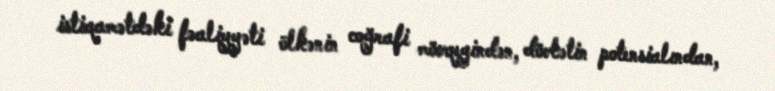
istiqamətdəki fəaliyyəti ölkənin coğrafi mövqeyindən, dövlətin potensialından,